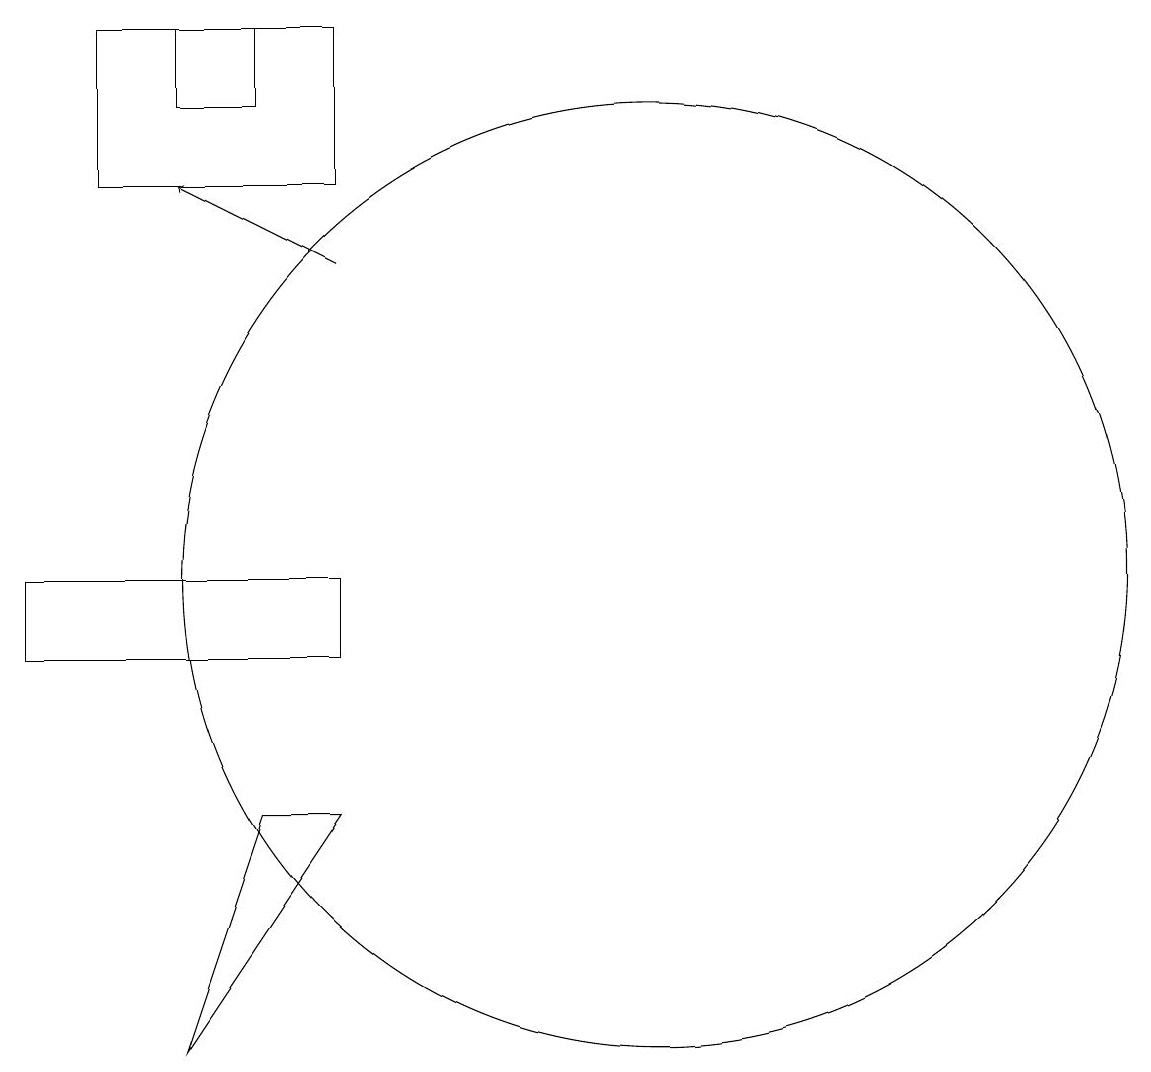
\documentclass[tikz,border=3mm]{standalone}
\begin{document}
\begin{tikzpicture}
\draw (4,16) rectangle (7,18);
\draw[->] (7,15) -- (5,16);
\draw (5,17) rectangle (6,18);
\draw (7,8) -- (6,8) -- (5,5) -- cycle;
\draw (3,10) rectangle (7,11);
\draw (11,11) circle (6);
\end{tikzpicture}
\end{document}